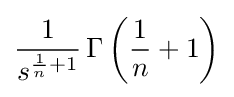
{1 \over s^{{\frac {1}{n}}+1}}\operatorname {\Gamma } \left({\frac {1}{n}}+1\right)